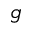
g